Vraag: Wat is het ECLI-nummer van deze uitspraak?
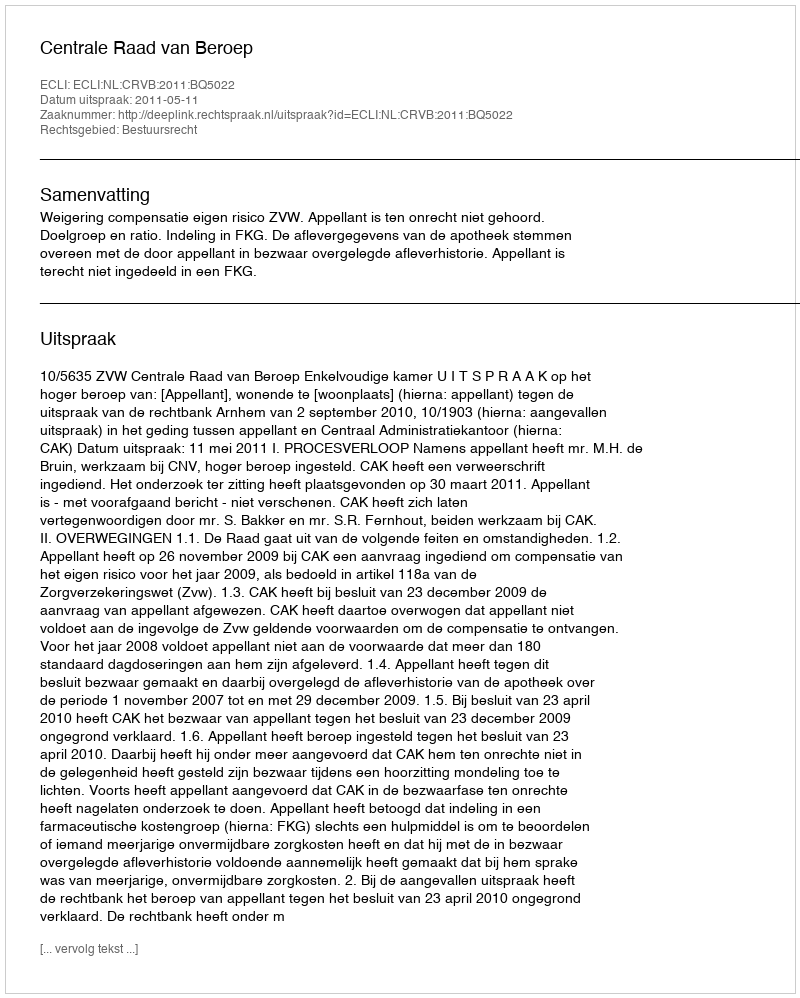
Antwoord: ECLI:NL:CRVB:2011:BQ5022